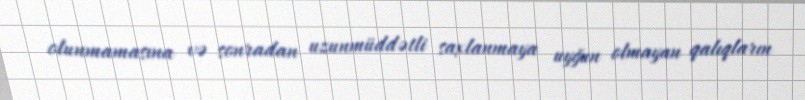
olunmamasına və sonradan uzunmüddətli saxlanmaya uyğun olmayan qalıqların